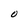
Character: O